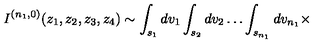
I ^ { ( n _ { 1 } , 0 ) } ( z _ { 1 } , z _ { 2 } , z _ { 3 } , z _ { 4 } ) \sim \int _ { s _ { 1 } } d v _ { 1 } \int _ { s _ { 2 } } d v _ { 2 } \ldots \int _ { s _ { n _ { 1 } } } d v _ { n _ { 1 } } \times